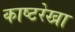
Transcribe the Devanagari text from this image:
काष्टरेखा